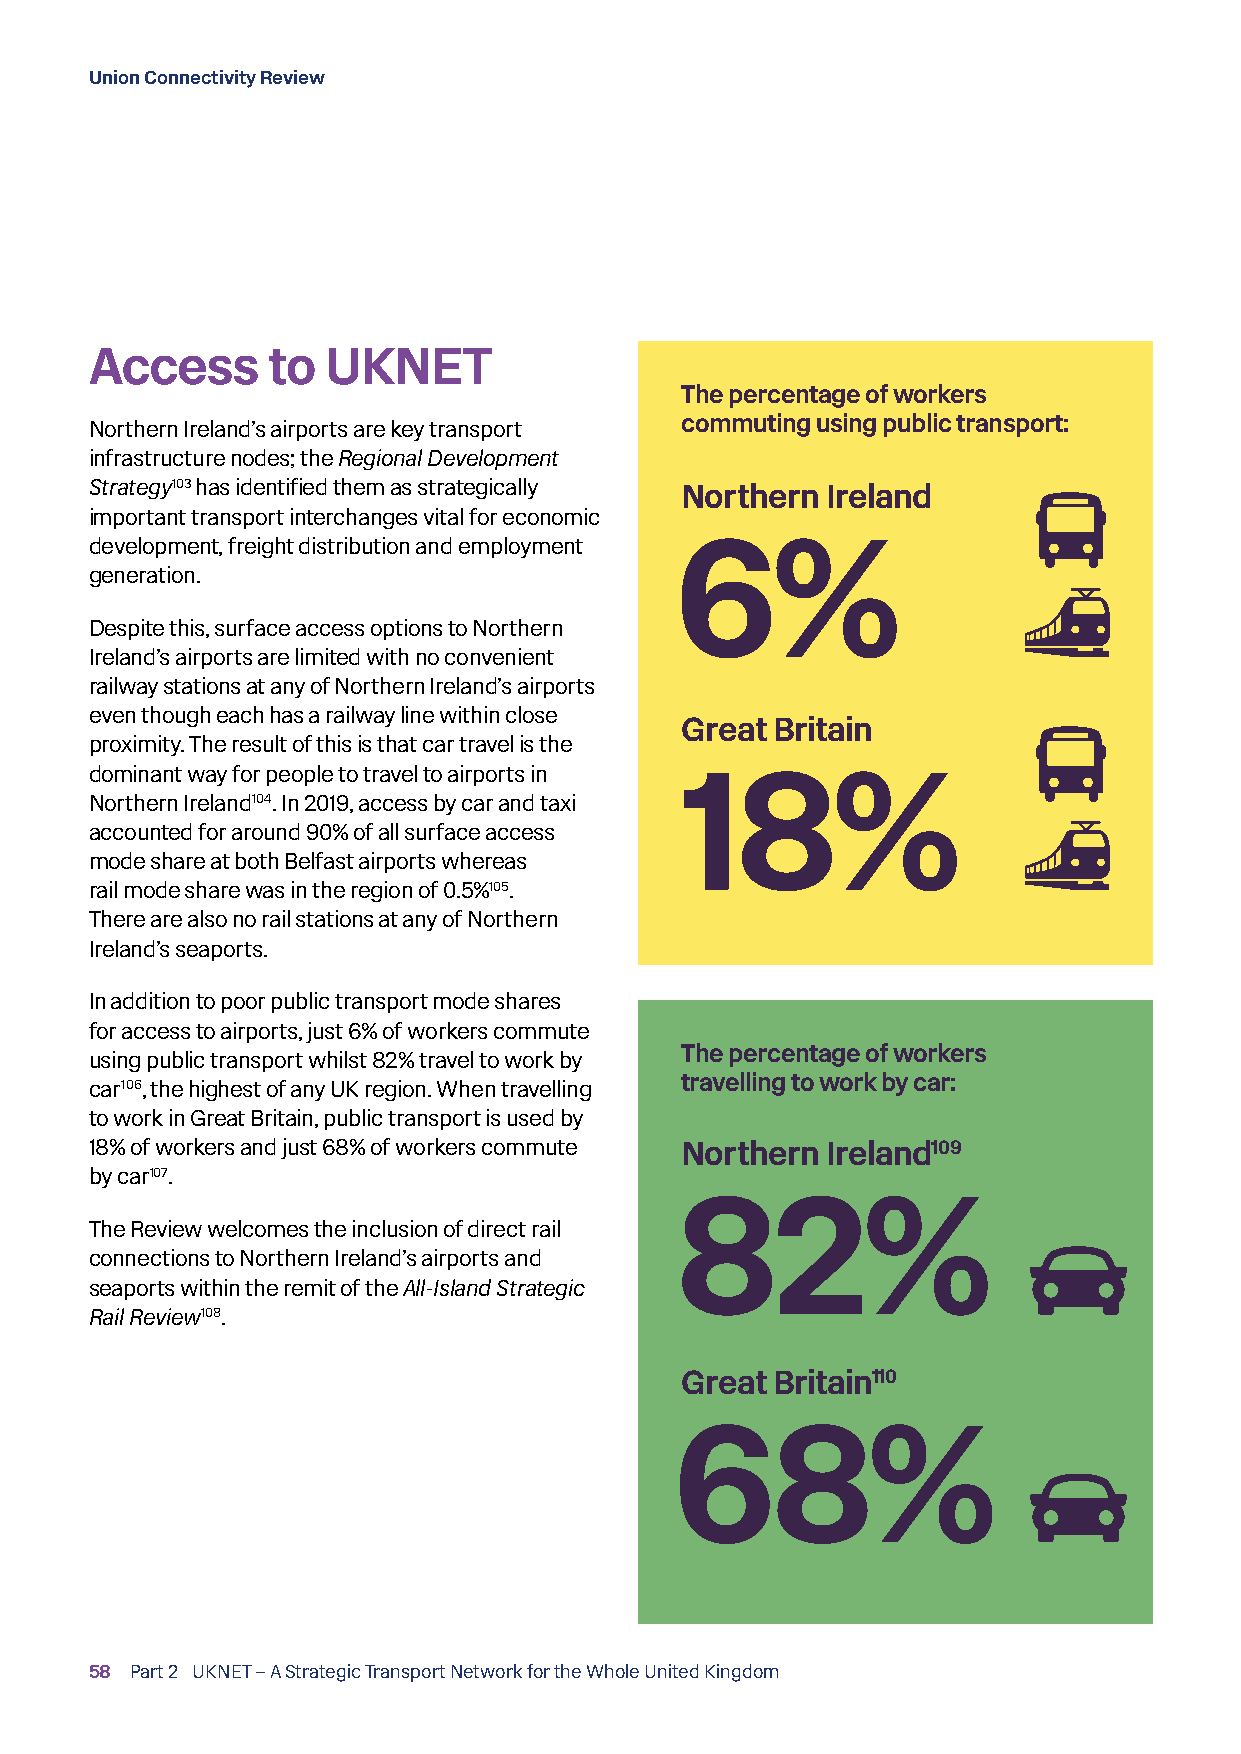
Union Connectivity Review
 Access      to UKNET
 The percentage of workers
 Northern Ireland’s airports are key transport commuting using public transport:
 infrastructure nodes; the Regional Development
 Strategy103 has identified them as strategically Northern Ireland
 important transport interchanges vital for economic
 development, freight distribution and employment 6%
 generation.
 Despite this, surface access options to Northern
 Ireland’s airports are limited with no convenient
 railway stations at any of Northern Ireland’s airports
 even though each has a railway line within close
 Great Britain
 proximity. The result of this is that car travel is the
 dominant way for people to travel to airports in
 18%
 Northern Ireland104. In 2019, access by car and taxi
 accounted for around 90% of all surface access
 mode share at both Belfast airports whereas
 rail mode share was in the region of 0.5%105 .
 There are also no rail stations at any of Northern
 Ireland’s seaports.
 In addition to poor public transport mode shares
 for access to airports, just 6% of workers commute
 using public transport whilst 82% travel to work by The percentage of workers
 car106, the highest of any UK region. When travelling travelling to work by car:
 to work in Great Britain, public transport is used by
 18% of workers and just 68% of workers commute Northern Ireland109
 by car107.
 82%
 The Review welcomes the inclusion of direct rail
 connections to Northern Ireland’s airports and
 seaports within the remit of the All-Island Strategic
 Rail Review108 .
 Great Britain110
 68%
 58 Part 2 UKNET – A Strategic Transport Network for the Whole United Kingdom